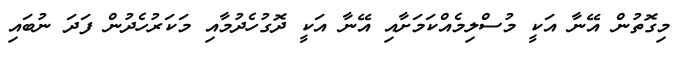
މިގޮތުން އޭނާ އަކީ މުސްލިމެއްކަމަށާއި އޭނާ އަކީ ދޮގުހެދުމާއި މަކަރުހެދުން ފަދަ ނުބައި